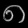
Digit: ၈